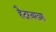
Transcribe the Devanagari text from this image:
हैदरबख्श